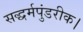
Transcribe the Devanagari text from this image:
सद्धर्मपुंडरीक।